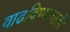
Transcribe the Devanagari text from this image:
वाढविण्याचाही